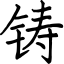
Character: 铸